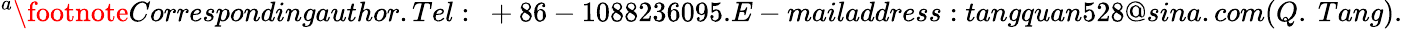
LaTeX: ^{a}\footnote{Correspondingauthor.Tel:~+86-1088236095.E-mailaddress:tangquan528@sina.com(Q.~Tang).}